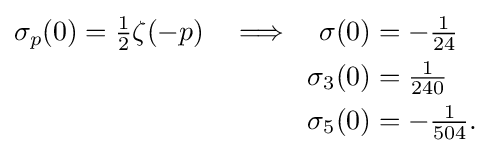
{\begin{aligned}\sigma _{p}(0)={\tfrac {1}{2}}\zeta (-p)\quad \Longrightarrow \quad \sigma (0)&=-{\tfrac {1}{24}}\\\sigma _{3}(0)&={\tfrac {1}{240}}\\\sigma _{5}(0)&=-{\tfrac {1}{504}}.\end{aligned}}